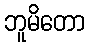
ဘူမိတော